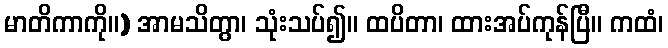
မာတိကာကို။) အာမသိတွာ၊ သုံးသပ်၍။ ထပိတာ၊ ထားအပ်ကုန်ပြီ။ ကထံ၊